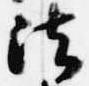
法